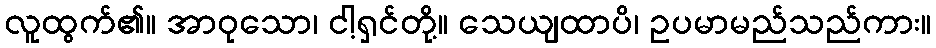
လူထွက်၏။ အာဝုသော၊ ငါ့ရှင်တို့။ သေယျထာပိ၊ ဥပမာမည်သည်ကား။